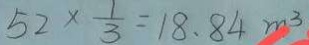
5 2 \times \frac { 1 } { 3 } = 1 8 . 8 4 m ^ { 3 }